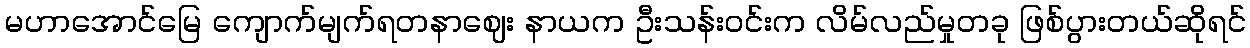
မဟာအောင်မြေ ကျောက်မျက်ရတနာဈေး နာယက ဦးသန်းဝင်းက လိမ်လည်မှုတခု ဖြစ်ပွားတယ်ဆိုရင်